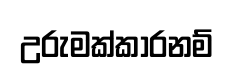
උරුමක්කාරනම්